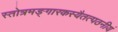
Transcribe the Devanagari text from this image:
स्तोत्रमङ्गारकस्यैतत्पठनीयं